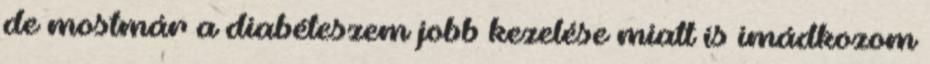
de mostmár a diabéteszem jobb kezelése miatt is imádkozom